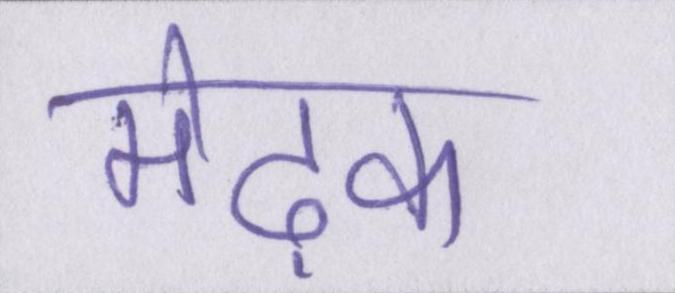
मेढ़क